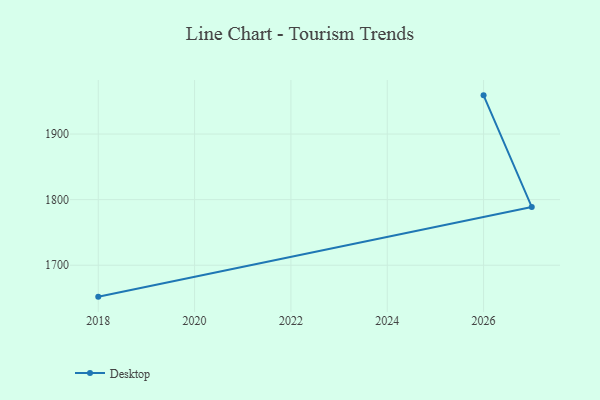
{"axis": {"x": "Year", "y": "Waste Production (Tons)"}, "legend": ["Desktop"], "data": [{"x": "2026", "y": 1959.0, "type": "Desktop"}, {"x": "2027", "y": 1788.9, "type": "Desktop"}, {"x": "2018", "y": 1652.1, "type": "Desktop"}]}